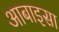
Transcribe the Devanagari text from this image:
आबाइसा